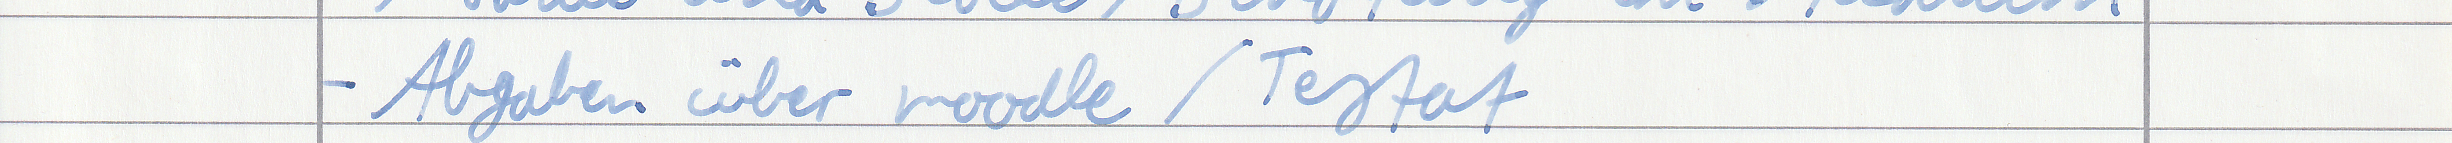
- Abgaben über moodle / Testat